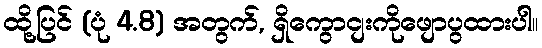
ထို့ပြင် (ပုံ 4.8) အတွက်, ရှိကွောငျးကိုဖျောပွထားပါ။